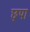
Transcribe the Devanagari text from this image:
छ्पा